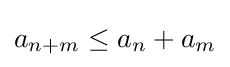
a_{n+m}\leq a_{n}+a_{m}